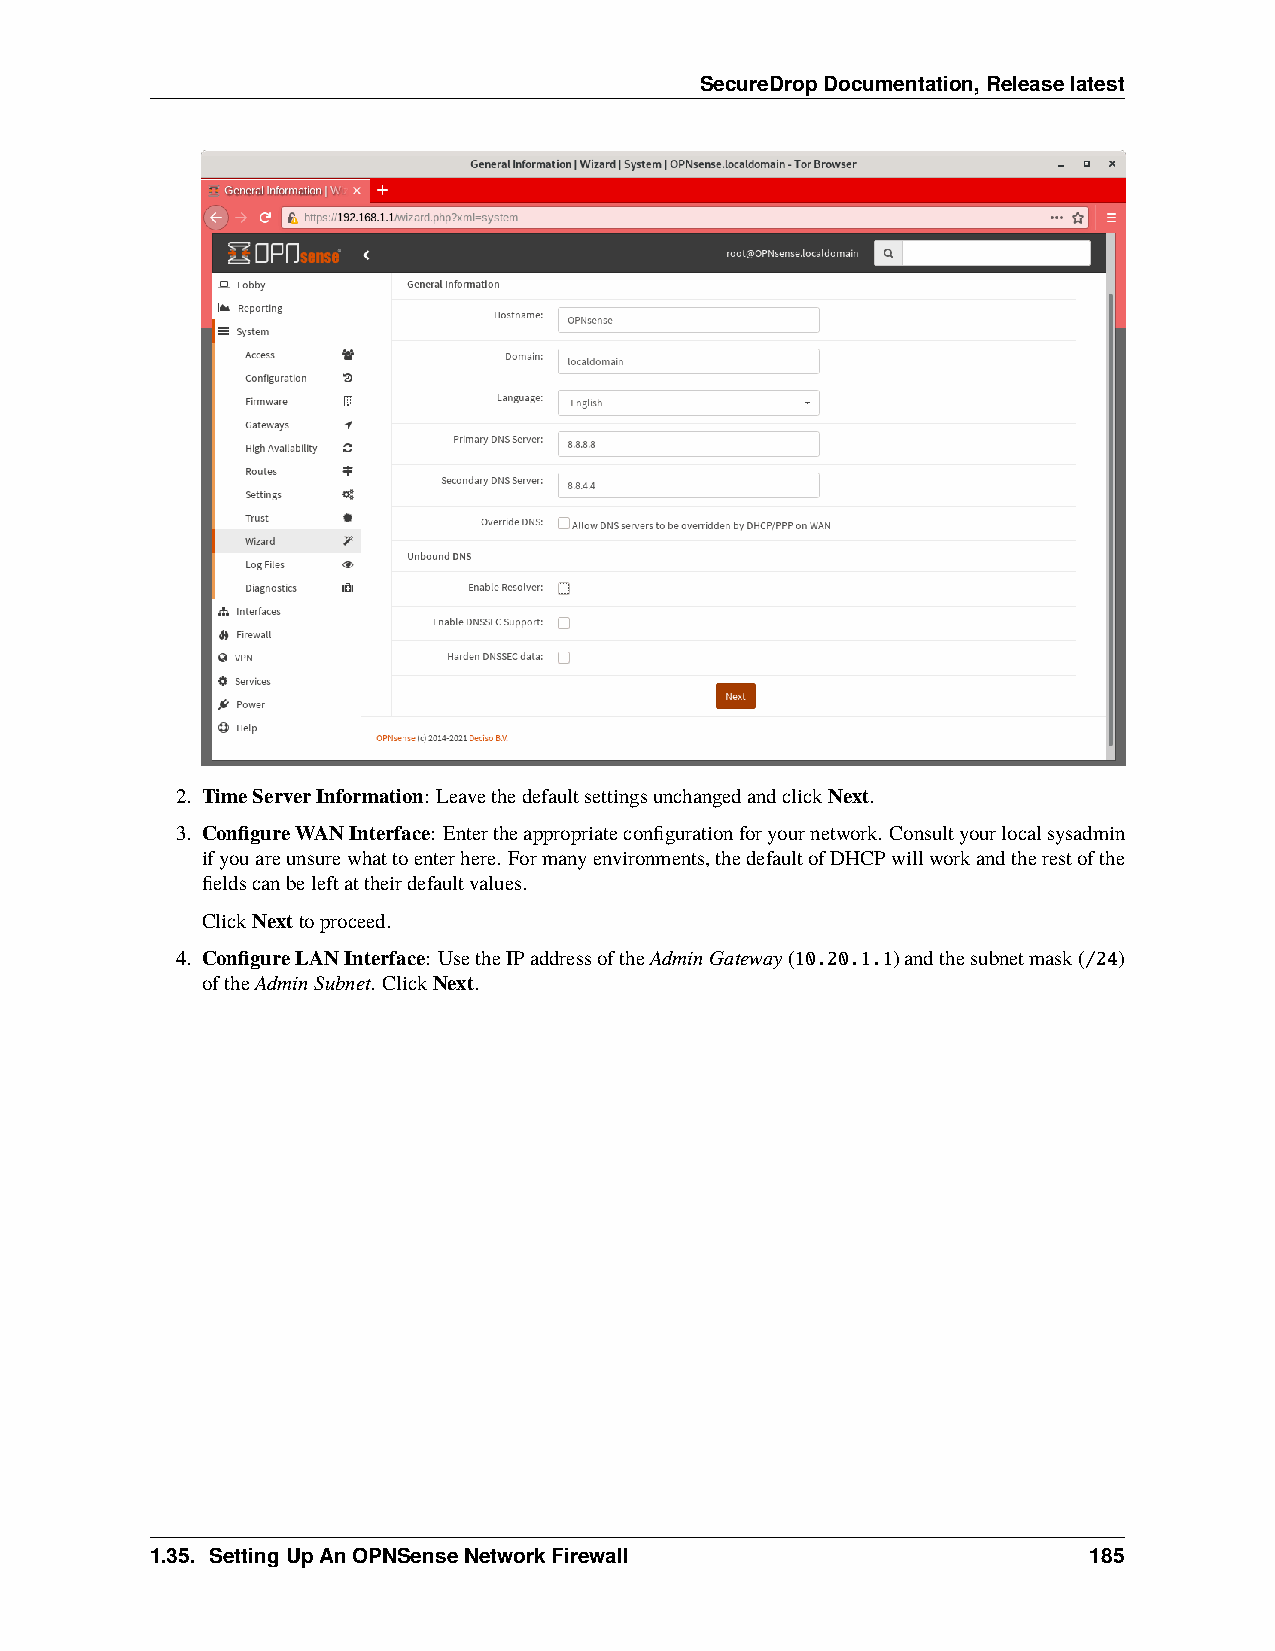
SecureDropDocumentation,Releaselatest
 2. TimeServerInformation: LeavethedefaultsettingsunchangedandclickNext.
 3. ConfigureWANInterface: Entertheappropriateconfigurationforyournetwork. Consultyourlocalsysadmin
 ifyouareunsurewhattoenterhere. Formanyenvironments,thedefaultofDHCPwillworkandtherestofthe
 fieldscanbeleftattheirdefaultvalues.
 ClickNexttoproceed.
 4. ConfigureLANInterface: UsetheIPaddressoftheAdminGateway(10.20.1.1)andthesubnetmask(/24)
 oftheAdminSubnet. ClickNext.
 1.35. SettingUpAnOPNSenseNetworkFirewall                      185